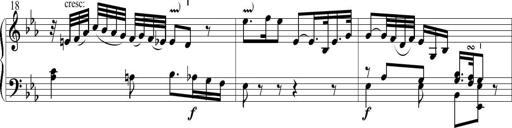
Title: 6 Leichte Sonatinen, Teil 1
Composer: F. Sigismund Sander